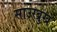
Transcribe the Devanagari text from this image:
साउरब्रुख